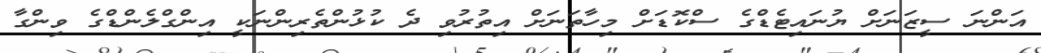
އަންނަ ސީޒަނަށް ޔުނައިޓެޑްގެ ސްކޮޑަށް މިހާތަނަށް އިތުރުވި ދެ ކުޅުންތެރިންނަކީ އިންގްލެންޑްގެ ވިންގާ